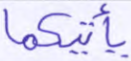
يأتيكما